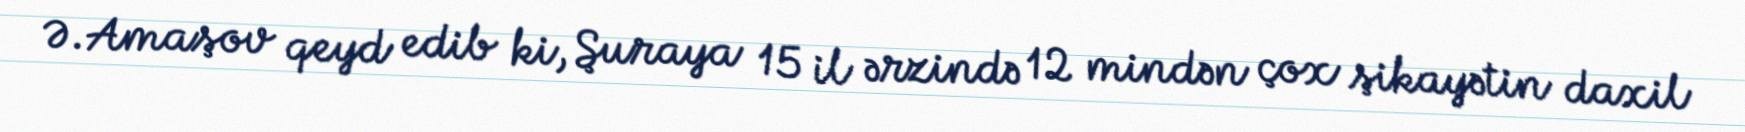
Ə.Amaşov qeyd edib ki, Şuraya 15 il ərzində 12 mindən çox şikayətin daxil